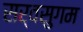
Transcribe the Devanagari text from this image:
सर्वसुगम